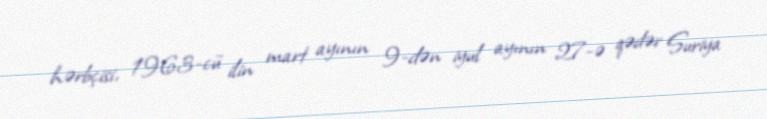
hərbçisi, 1963-cü ilin mart ayının 9-dən iyul ayının 27-ə qədər Suriya